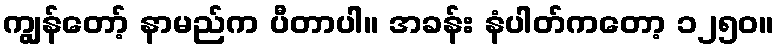
ကျွန်တော့် နာမည်က ပီတာပါ။ အခန်း နံပါတ်ကတော့ ၁၂၅၀။